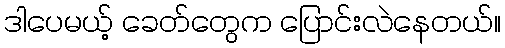
ဒါပေမယ့် ခေတ်တွေက ပြောင်းလဲနေတယ်။